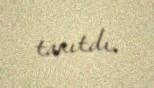
tanıtdı.